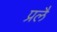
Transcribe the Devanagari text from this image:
प्रलै